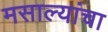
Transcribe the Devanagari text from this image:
मसाल्यांचा